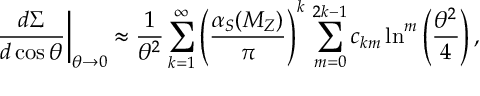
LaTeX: \left. \frac { d \Sigma } { d \cos \theta } \right| _ { \theta \rightarrow 0 } \approx \frac { 1 } { \theta ^ { 2 } } \sum _ { k = 1 } ^ { \infty } \left( \frac { \alpha _ { S } ( M _ { Z } ) } { \pi } \right) ^ { k } \, \sum _ { m = 0 } ^ { 2 k - 1 } c _ { k m } \ln ^ { m } \left( \frac { \theta ^ { 2 } } { 4 } \right) ,